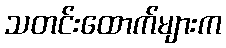
သတင်းထောက်များက